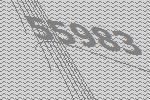
55983